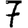
Digit: 7